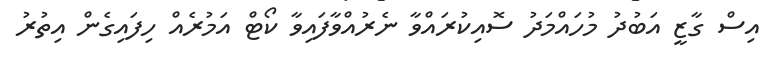
އިސް ގާޒީ އަބުދު މުހައްމަދު ސޮއިކުރައްވާ ނެރުއްވާފައިވާ ކޯޓް އަމުރެއް ހިފައިގެން އިތުރު